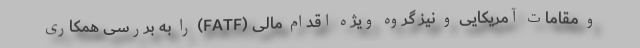
و مقامات آمریکایی و نیز گروه ویژه اقدام مالی (FATF) را به بررسی همکاری